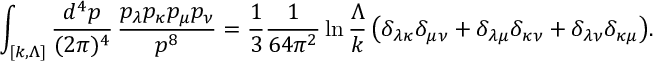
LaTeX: \int _ { [ k , \Lambda ] } \frac { d ^ { 4 } p } { ( 2 \pi ) ^ { 4 } } \, \frac { p _ { \lambda } p _ { \kappa } p _ { \mu } p _ { \nu } } { p ^ { 8 } } = \frac { 1 } { 3 } \frac { 1 } { 6 4 \pi ^ { 2 } } \ln \frac { \Lambda } { k } \, \bigl ( \delta _ { \lambda \kappa } \delta _ { \mu \nu } + \delta _ { \lambda \mu } \delta _ { \kappa \nu } + \delta _ { \lambda \nu } \delta _ { \kappa \mu } \bigr ) .